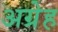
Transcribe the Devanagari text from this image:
अग्रेह